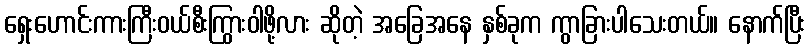
ရှေးဟောင်းကားကြီးဝယ်စီးကြွားဝါဖို့လား ဆိုတဲ့ အခြေအနေ နှစ်ခုက ကွာခြားပါသေးတယ်။ နောက်ပြီး